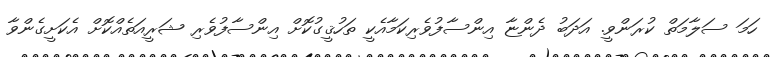
ހަމަ ސަލާމަތް ކުރަންވީ. އަދަބު ދެންޏާ އިންސާފުވެރިކަމާއެކީ ތަހުޤީގުކޮށް އިންސާފުވެރި ޝަރީއަތެއްކޮށް އެކަށީގެންވާ